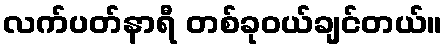
လက်ပတ်နာရီ တစ်ခုဝယ်ချင်တယ်။